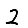
Digit: 2